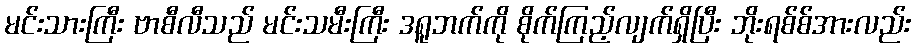
မင်းသားကြီး ဗာစီလီသည် မင်းသမီးကြီး ဒရူဘက်ကို စိုက်ကြည့်လျက်ရှိပြီး ဘိုးရစ်စ်အားလည်း